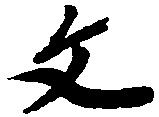
文